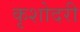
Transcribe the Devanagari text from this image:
कृशोदरी